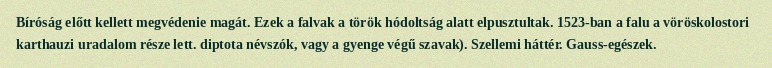
Bíróság előtt kellett megvédenie magát. Ezek a falvak a török hódoltság alatt elpusztultak. 1523-ban a falu a vöröskolostori karthauzi uradalom része lett. diptota névszók, vagy a gyenge végű szavak). Szellemi háttér. Gauss-egészek.